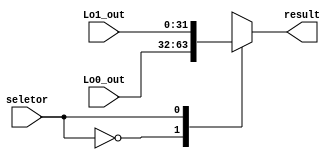
module mux_Lo (
    input wire  seletor, 
    input wire [31:0] Lo0_out,
    input wire [31:0] Lo1_out,
    output reg  [31:0] result
);
always @(*) begin
        case (seletor)
            2'b00:
                result <= Lo0_out;
            2'b01:
                result <= Lo1_out;
        endcase
end    
endmodule